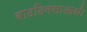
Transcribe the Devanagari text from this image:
वाढदिवसाआधी